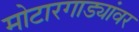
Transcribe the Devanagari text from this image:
मोटारगाड्यांवर